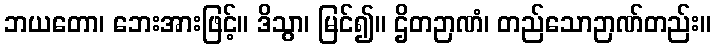
ဘယတော၊ ဘေးအားဖြင့်။ ဒိသွာ၊ မြင်၍။ ဌိတဉာဏံ၊ တည်သောဉာဏ်တည်း။